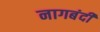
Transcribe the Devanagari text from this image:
नागबंदी